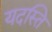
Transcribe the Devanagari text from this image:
यदस्ति